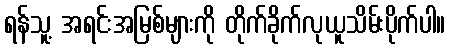
ရန်သူ့ အရင်းအမြစ်များကို တိုက်ခိုက်လုယူသိမ်းပိုက်ပါ။